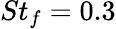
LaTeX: St_{f}=0.3